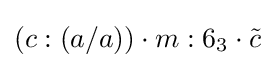
(c:(a/a))\cdot m:6_{3}\cdot {\tilde {c}}